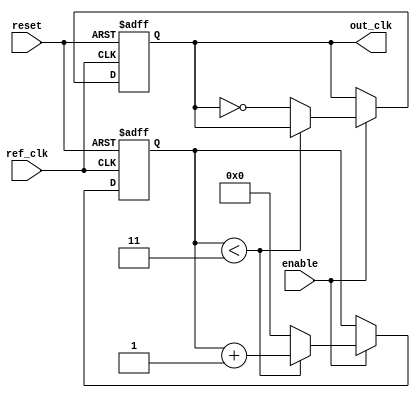
module parameterized_PLL #(
    parameter PARAM_M = 4,    // Multiplication factor
    parameter PARAM_N = 2,    // Division factor
    parameter PARAM_BW = 1     // Bandwidth for loop filter (for simplicity, let's keep it as a single bit)
)(
    input wire ref_clk,        // Reference clock
    input wire reset,          // Active high reset
    input wire enable,         // Enable signal
    output reg out_clk         // Output clock
);

// Internal signals
reg [1:0] phase_error;       // Phase error signal from phase detector
reg [3:0] vco_counter;       // VCO counter
reg [3:0] loop_filter;       // Loop filter output

// Phase Detector
always @(posedge ref_clk or posedge reset) begin
    if (reset) begin
        phase_error <= 2'b00;  // Reset phase error
    end else if (enable) begin
        // Simple phase detection logic
        if (vco_counter == 0) begin
            phase_error <= 2'b01;  // Phase lead
        end else if (vco_counter == (PARAM_M - 1)) begin
            phase_error <= 2'b10;  // Phase lag
        end else begin
            phase_error <= 2'b00;  // In phase
        end
    end
end

// Loop Filter
always @(posedge ref_clk or posedge reset) begin
    if (reset) begin
        loop_filter <= 4'b0000;  // Reset loop filter
    end else if (enable) begin
        // Simple loop filter logic
        case (phase_error)
            2'b01: loop_filter <= loop_filter + PARAM_BW;  // Phase lead
            2'b10: loop_filter <= loop_filter - PARAM_BW;  // Phase lag
            default: loop_filter <= loop_filter;            // No change
        endcase
    end
end

// Voltage-Controlled Oscillator (VCO)
always @(posedge ref_clk or posedge reset) begin
    if (reset) begin
        vco_counter <= 4'b0000;  // Reset VCO counter
        out_clk <= 0;            // Reset output clock
    end else if (enable) begin
        // VCO logic to generate output clock
        if (vco_counter < (PARAM_M - 1)) begin
            vco_counter <= vco_counter + 1;
        end else begin
            vco_counter <= 0;
            out_clk <= ~out_clk;  // Toggle output clock
        end
    end
end

// Feedback Loop Division
reg [1:0] feedback_counter;

always @(posedge ref_clk or posedge reset) begin
    if (reset) begin
        feedback_counter <= 2'b00; // Reset feedback counter
    end else if (enable) begin
        if (feedback_counter < (PARAM_N - 1)) begin
            feedback_counter <= feedback_counter + 1;
        end else begin
            feedback_counter <= 0; // Reset feedback counter
            // Here you could implement the feedback mechanism if needed
        end
    end
end

endmodule